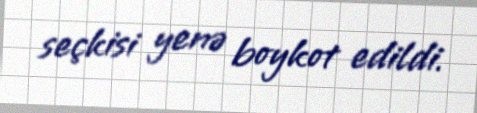
seçkisi yenə boykot edildi.